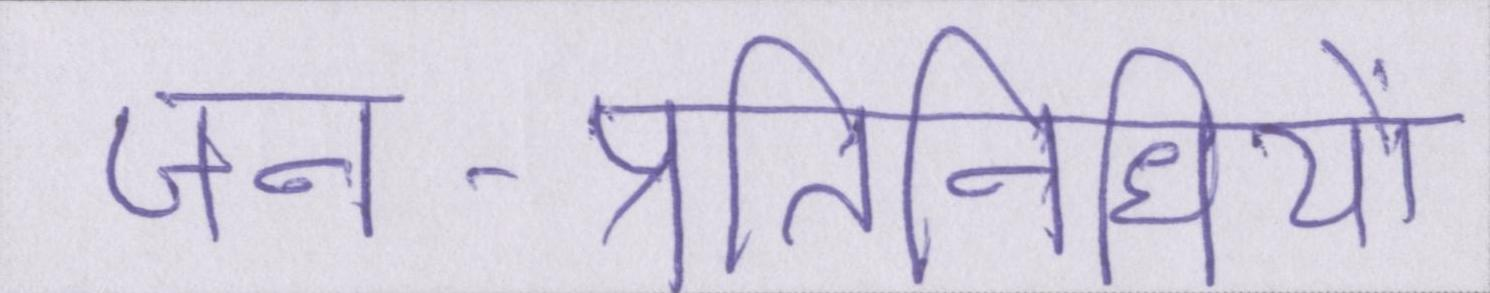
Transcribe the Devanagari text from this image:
जन-प्रतिनिधियों